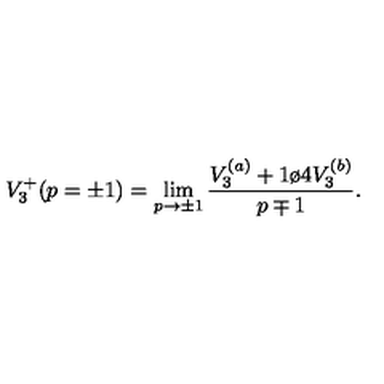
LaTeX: V _ { 3 } ^ { + } ( p = \pm 1 ) = \displaystyle \lim _ { p \to \pm 1 } { \frac { V _ { 3 } ^ { ( a ) } + { 1 \o 4 } V _ { 3 } ^ { ( b ) } } { p \mp 1 } } .